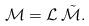
LaTeX: \begin{align*} \mathcal M=\mathcal L\, \tilde{\mathcal M}.\end{align*}